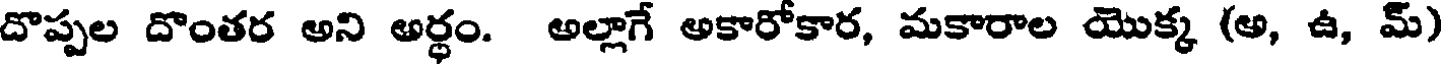
దొప్పల దొంతర అని అర్ధం. అల్లాగే అకారోకార, మకారాల యొక్క (అ, ఉ, మ్)